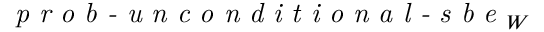
\textit { p r o b - u n c o n d i t i o n a l - s b e } _ { W }